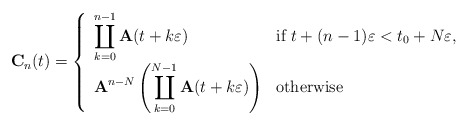
\begin{align*}\mathbf{C}_n(t)=\left\{\begin{array}{ll}\displaystyle \coprod_{k=0}^{n-1} \mathbf{A}(t+k\varepsilon) & \mbox{if }t+(n-1)\varepsilon<t_0+N\varepsilon,\\\displaystyle \mathbf{A}^{n-N}\left(\coprod_{k=0}^{N-1} \mathbf{A}(t+k\varepsilon)\right) & \mbox{otherwise}\end{array}\right.\end{align*}